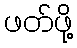
ဖတ်ဖို့